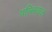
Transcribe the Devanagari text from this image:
पल्लिकल